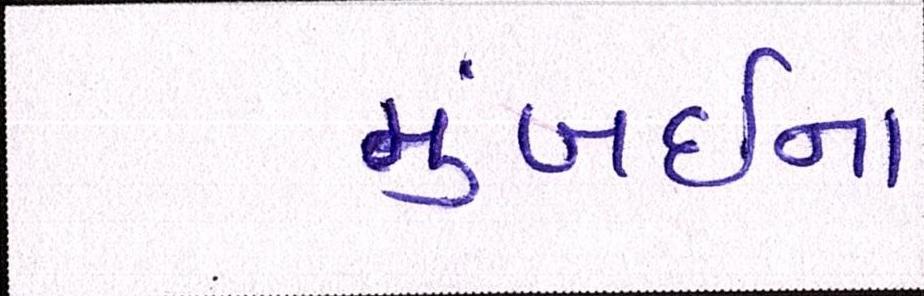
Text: મુંબઇના